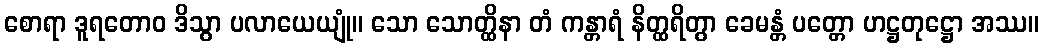
စောရာ ဒူရတောဝ ဒိသွာ ပလာယေယျုံ။ သော သောတ္ထိနာ တံ ကန္တာရံ နိတ္ထရိတွာ ခေမန္တံ ပတ္တော ဟဋ္ဌတုဋ္ဌော အဿ။